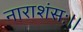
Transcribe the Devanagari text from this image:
नाराशंसः।।